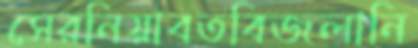
সেরনিয়াবতবিজলানি